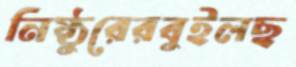
নিষ্ঠুরেরবুইলছ